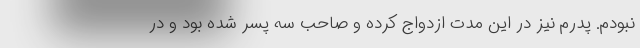
نبودم. پدرم نیز در این مدت ازدواج کرده و صاحب سه پسر شده بود و در